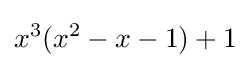
x^{3}(x^{2}-x-1)+1